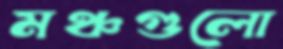
মঞ্চগুলো